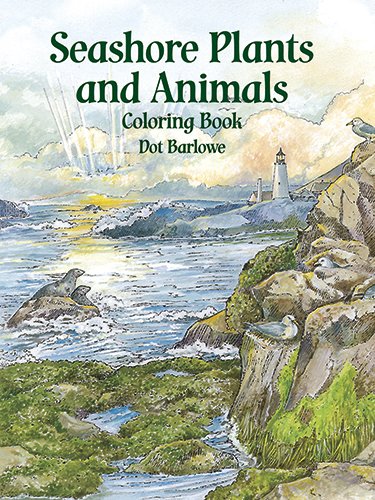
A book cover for Seashore Plants and Animals Coloring Book (Dover Nature Coloring Book); Dot Barlowe; Children's Books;